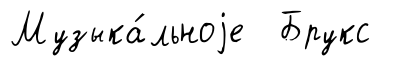
Музыка́льноjе Брукс